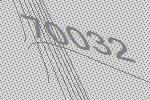
70032